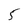
Character: 5